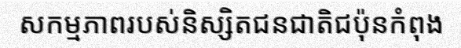
សកម្មភាពរបស់និស្សិតជនជាតិជប៉ុនកំពុង